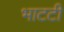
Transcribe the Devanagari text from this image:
भाटटी